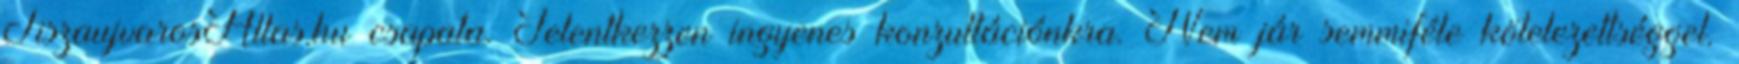
TiszaujvarosAllas.hu csapata. Jelentkezzen ingyenes konzultációnkra. Nem jár semmiféle kötelezettséggel.